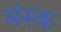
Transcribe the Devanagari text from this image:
मंस्क